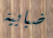
ضبابية